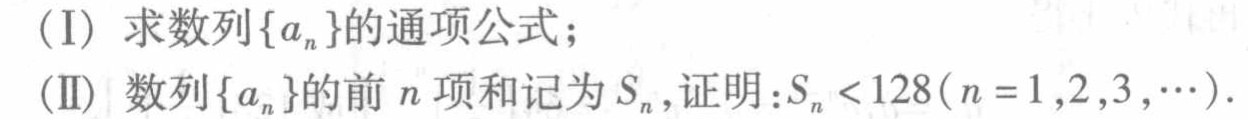
（I）求数列\(\{a_{n}\}\)的通项公式；
（II）数列\(\{a_{n}\}\)的前\(n\)项和记为\(S_{n}\)，证明：\(S_{n}<128(n = 1,2,3,\cdots)\)。